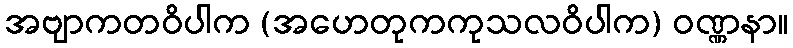
အဗျာကတဝိပါက (အဟေတုကကုသလဝိပါက) ဝဏ္ဏနာ။